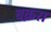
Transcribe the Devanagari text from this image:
बक़रा